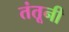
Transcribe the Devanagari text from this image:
तंतूनी